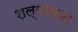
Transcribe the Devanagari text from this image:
शल्याघात